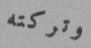
وتركته